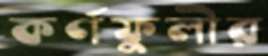
কর্ণফুলীর